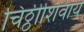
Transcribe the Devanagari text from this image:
चिठ्ठीशिवाय